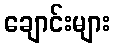
ချောင်းများ